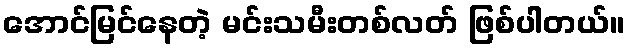
အောင်မြင်နေတဲ့ မင်းသမီးတစ်လတ် ဖြစ်ပါတယ်။